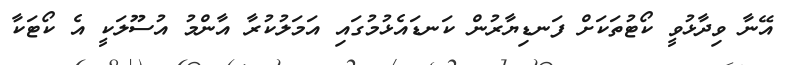
އޭނާ ވިދާޅުވީ ކޯޓުތަކަށް ފަނޑިޔާރުން ކަނޑައެޅުމުގައި އަމަލުކުރާ އާންމު އުސޫލަކީ އެ ކޯޓަކާ